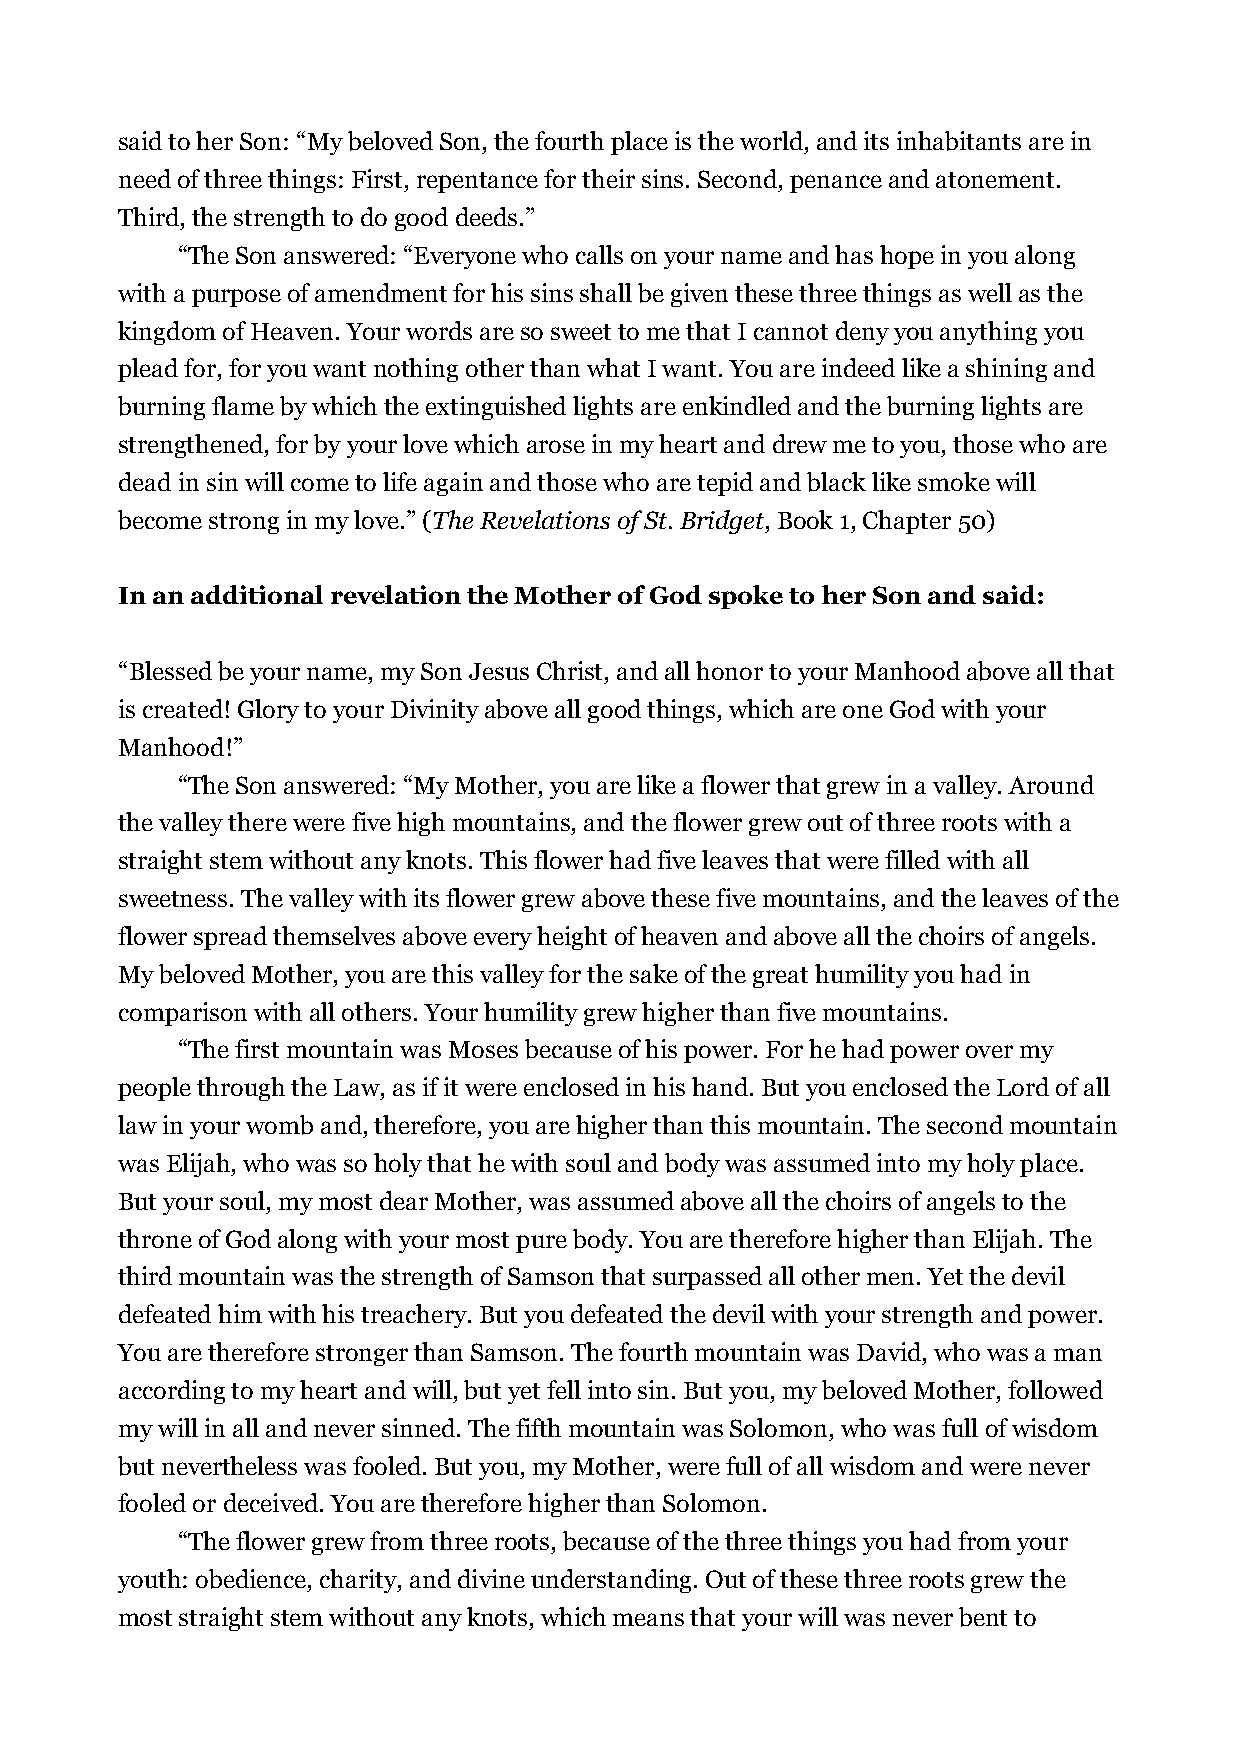
said to her Son: “My beloved Son, the fourth place is the world, and its inhabitants are in
 need of three things: First, repentance for their sins. Second, penance and atonement.
 Third, the strength to do good deeds.”
 “The Son answered: “Everyone who calls on your name and has hope in you along
 with a purpose of amendment for his sins shall be given these three things as well as the
 kingdom of Heaven. Your words are so sweet to me that I cannot deny you anything you
 plead for, for you want nothing other than what I want. You are indeed like a shining and
 burning flame by which the extinguished lights are enkindled and the burning lights are
 strengthened, for by your love which arose in my heart and drew me to you, those who are
 dead in sin will come to life again and those who are tepid and black like smoke will
 become strong in my love.” (The Revelations of St. Bridget, Book 1, Chapter 50)
 In an additional revelation the Mother of God spoke to her Son and said:
 “Blessed be your name, my Son Jesus Christ, and all honor to your Manhood above all that
 is created! Glory to your Divinity above all good things, which are one God with your
 Manhood!”
 “The Son answered: “My Mother, you are like a flower that grew in a valley. Around
 the valley there were five high mountains, and the flower grew out of three roots with a
 straight stem without any knots. This flower had five leaves that were filled with all
 sweetness. The valley with its flower grew above these five mountains, and the leaves of the
 flower spread themselves above every height of heaven and above all the choirs of angels.
 My beloved Mother, you are this valley for the sake of the great humility you had in
 comparison with all others. Your humility grew higher than five mountains.
 “The first mountain was Moses because of his power. For he had power over my
 people through the Law, as if it were enclosed in his hand. But you enclosed the Lord of all
 law in your womb and, therefore, you are higher than this mountain. The second mountain
 was Elijah, who was so holy that he with soul and body was assumed into my holy place.
 But your soul, my most dear Mother, was assumed above all the choirs of angels to the
 throne of God along with your most pure body. You are therefore higher than Elijah. The
 third mountain was the strength of Samson that surpassed all other men. Yet the devil
 defeated him with his treachery. But you defeated the devil with your strength and power.
 You are therefore stronger than Samson. The fourth mountain was David, who was a man
 according to my heart and will, but yet fell into sin. But you, my beloved Mother, followed
 my will in all and never sinned. The fifth mountain was Solomon, who was full of wisdom
 but nevertheless was fooled. But you, my Mother, were full of all wisdom and were never
 fooled or deceived. You are therefore higher than Solomon.
 “The flower grew from three roots, because of the three things you had from your
 youth: obedience, charity, and divine understanding. Out of these three roots grew the
 most straight stem without any knots, which means that your will was never bent to